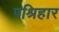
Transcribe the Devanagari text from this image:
पश्रिहार